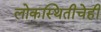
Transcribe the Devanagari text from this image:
लोकस्थितीचेही